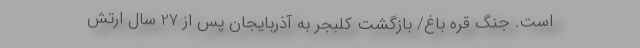
است. جنگ قره باغ/ بازگشت کَلَبجَر به آذربایجان پس از 27 سال ارتش